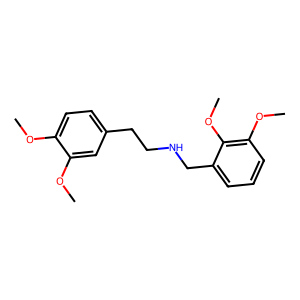
SMILES: COc1ccc(CCNCc2cccc(OC)c2OC)cc1OC
Inhibits HIV replication: No